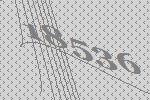
18536